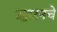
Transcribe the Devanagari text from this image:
उद्घाटनचे